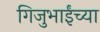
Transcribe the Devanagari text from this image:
गिजुभाईंच्या